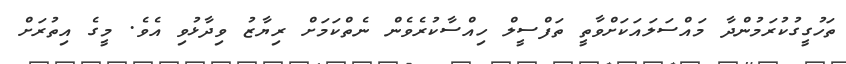
ތަހުގީގުކުރަމުންދާ މައްސަލައަކަށްވާތީ ތަފްސީލް ހިއްސާކުރެވެން ނެތްކަމަށް ރިޔާޒު ވިދާޅުވި އެވެ. މީގެ އިތުރަށް